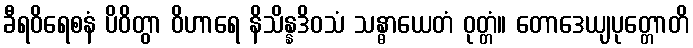
ခီရဝိရေစနံ ပိဝိတွာ ဝိဟာရေ နိသိန္နဒိဝသံ သန္ဓာယေတံ ဝုတ္တံ။ တောဒေယျပုတ္တောတိ